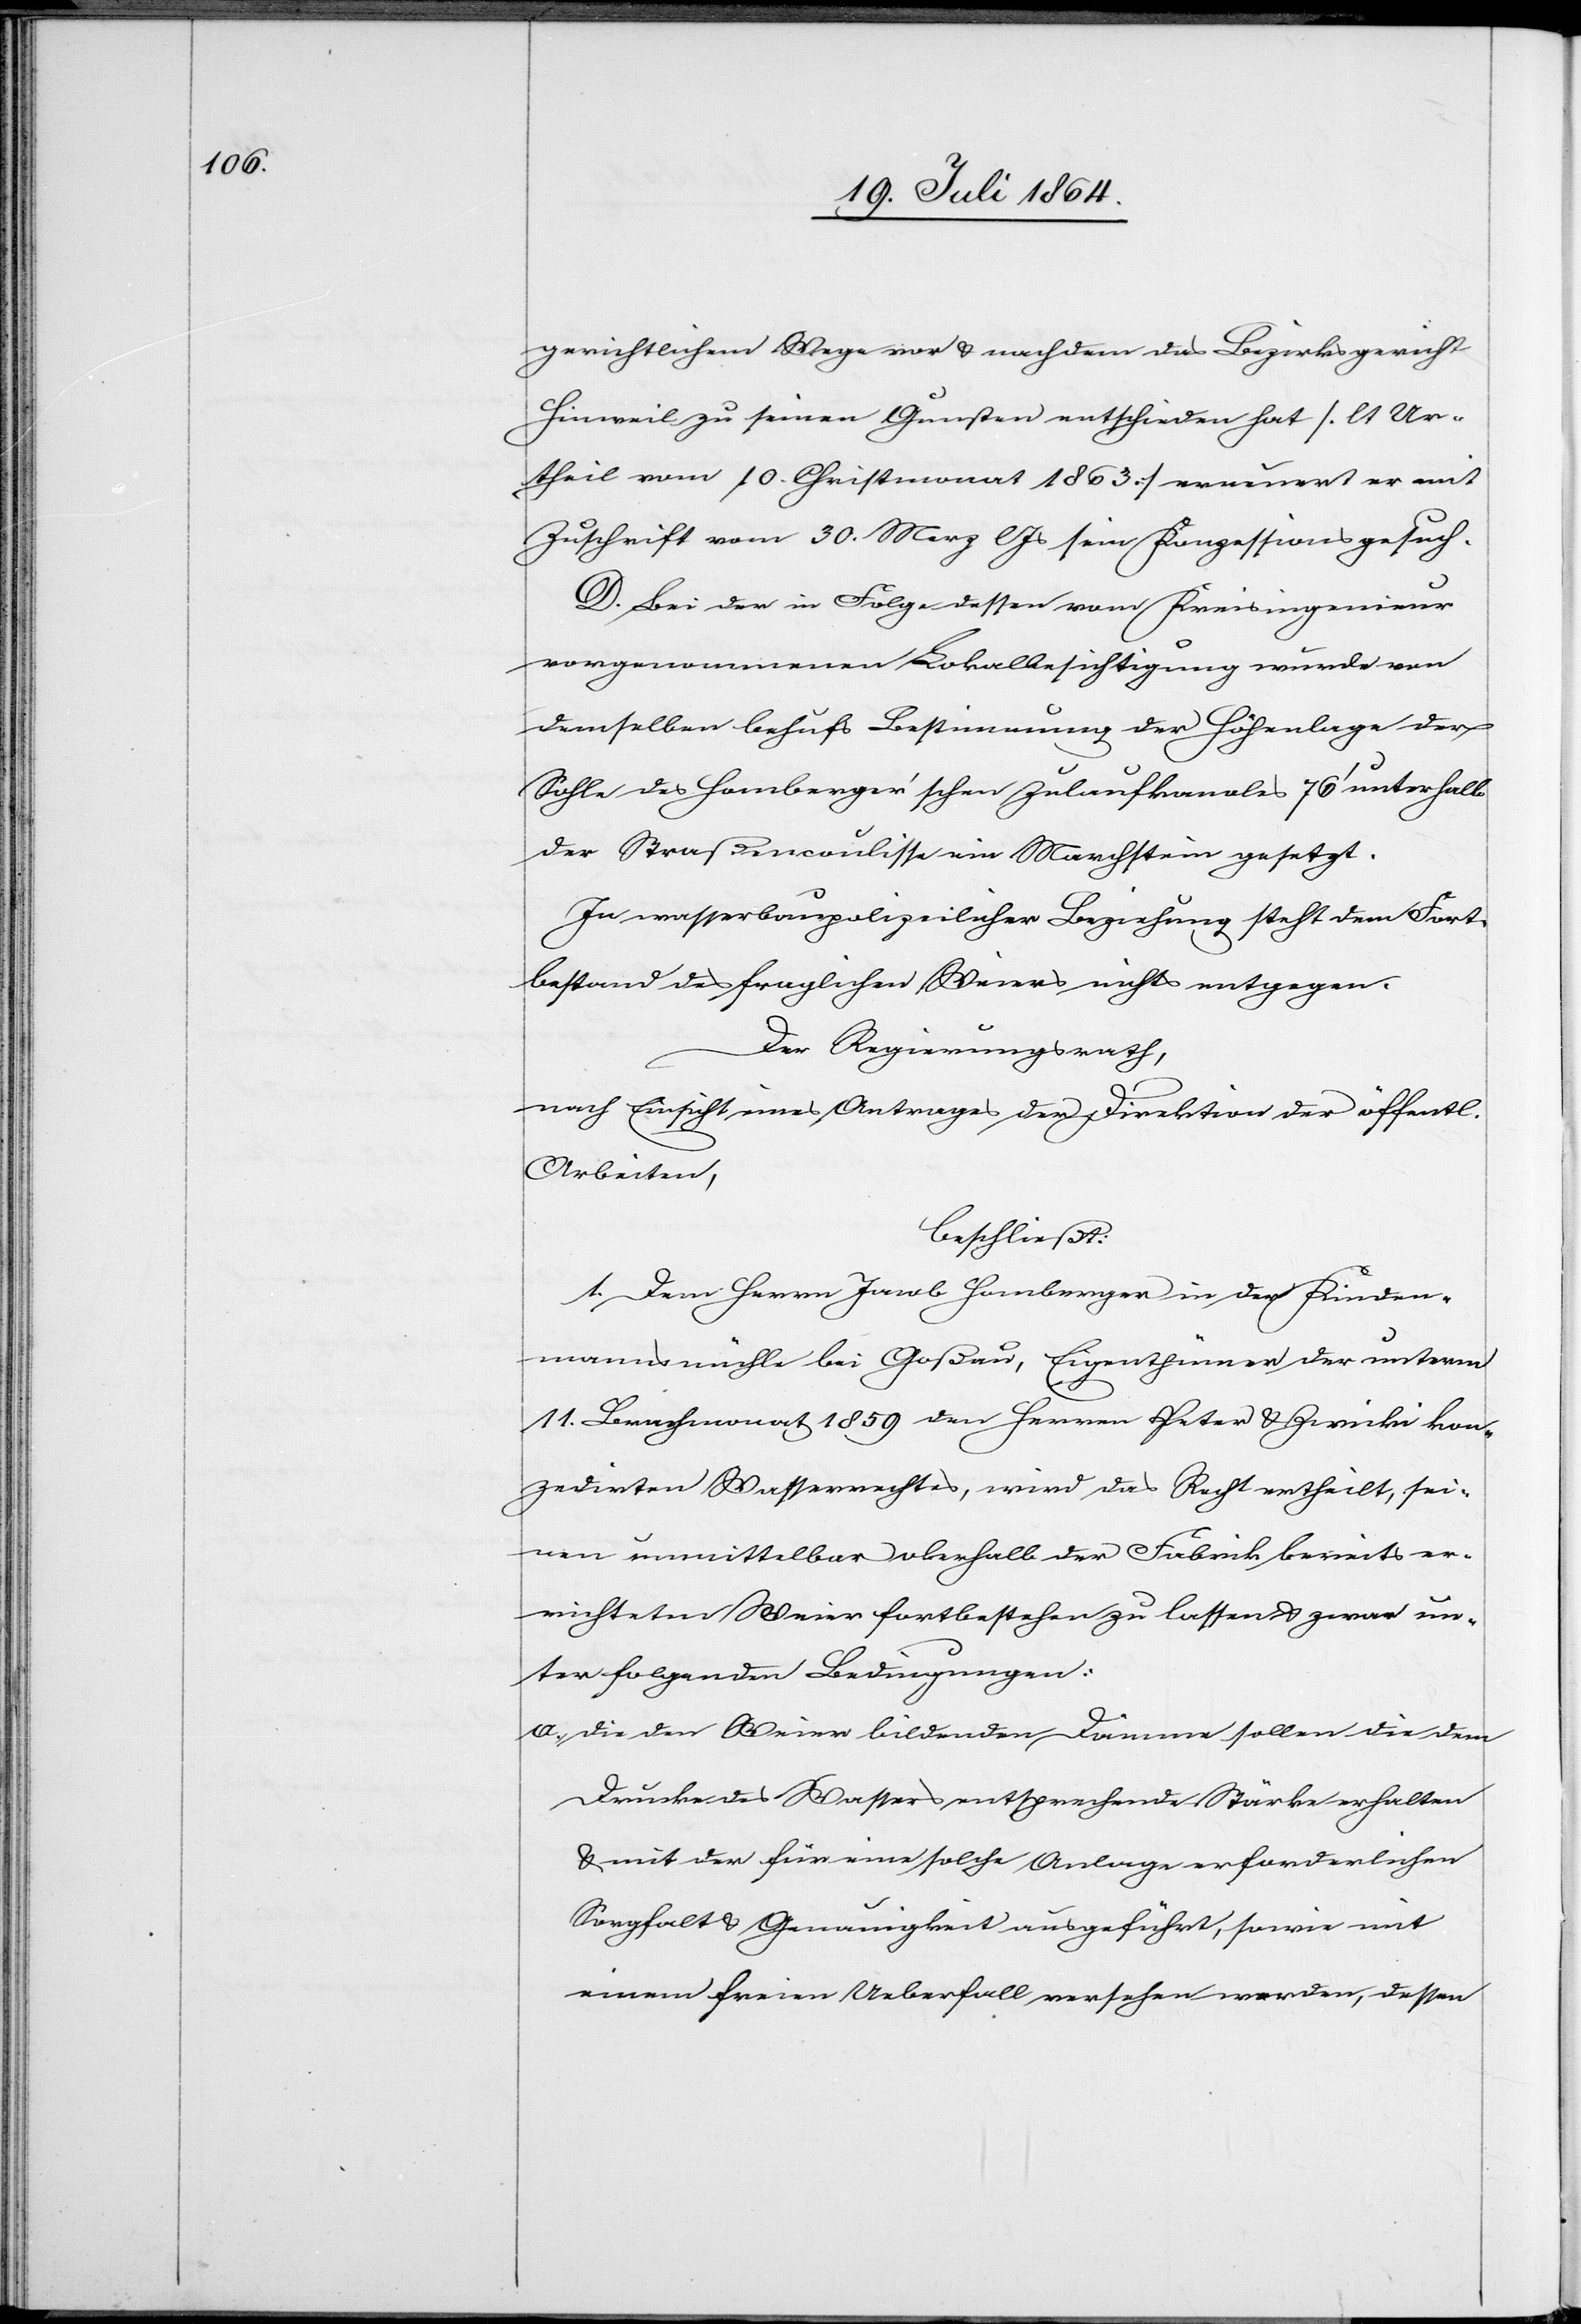
gerichtlichem Wege vor u. nachdem das Bezirksgericht
Hinweil zu seinen Gunsten entschieden hat [lt Ur¬
theil vom 10. Christmonat 1863] erneuert er mit
Zuschrift vom 30. Merz l. Js. sein Konzessionsgesuch.
D. Bei der in Folge dessen vom Kreisingenieur
vorgenommenen Lokalbesichtigung wurde von
demselben behufs Bestimmung der Höhenlage der
Sohle des Homberger’schen Zulaufkanales 76’ unterhalb
der Straßencoulisse ein Marchstein gesetzt.
In wasserbaupolizeilicher Beziehung steht dem Fort¬
bestand des fraglichen Weiers nichts entgegen.
Der Regierungsrath,
nach Einsicht eines Antrages der Direktion der öffentl.
Arbeiten,
beschließt:
1. Dem Herrn Jacob Homberger in der Kinden¬
mannsmühle bei Goßau, Eigenthümer des unterm
11. Brachmonat 1859 den Herren Peter u. Zwicki kon¬
zedirten Wasserrechtes, wird das Recht ertheilt, sei¬
nen unmittelbar oberhalb der Fabrik bereits er¬
richteten Weier fortbestehen zu lassen u. zwar un¬
ter folgenden Bedingungen:
a. Die den Weier bildenden Dämme sollen die dem
Drucke des Wassers entsprechende Stärke erhalten
u. mit der für eine solche Anlage erforderlichen
Sorgfalt u. Genauigkeit ausgeführt, sowie mit
einem freien Ueberfall versehen werden, dessen